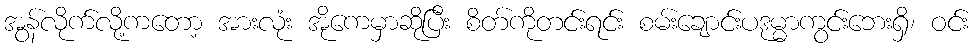
အွန်လိုက်လို့ကတော့ အားလုံး အိုကေမှာဆိုပြီး စိတ်ကိုတင်းရင်း စမ်းချောင်းပဒုမ္မာကွင်းဘေးရှိ၊ ဝင်း